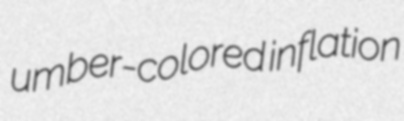
umber-colored inflation